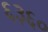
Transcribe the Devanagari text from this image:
६३६०